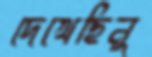
দেখেছিনু